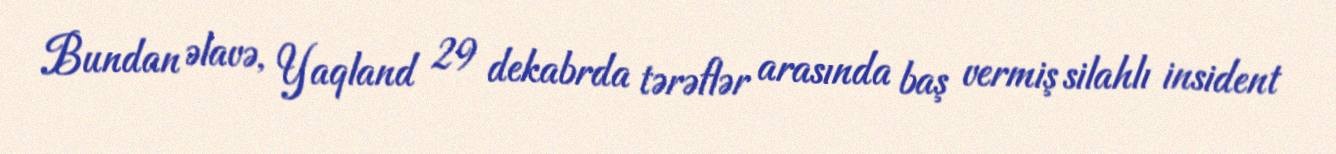
Bundan əlavə, Yaqland 29 dekabrda tərəflər arasında baş vermiş silahlı insident